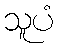
သူပံ